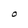
Character: O